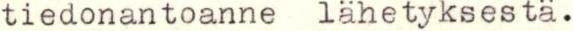
tiedonantoanne lähetyksestä.